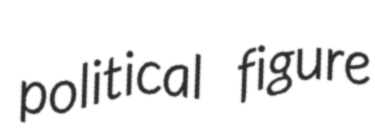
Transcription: political figure